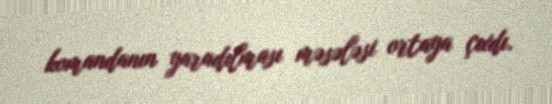
komandanın yaradılması məsələsi ortaya çıxdı.